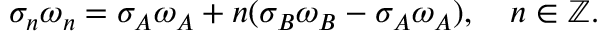
\sigma _ { n } \omega _ { n } = \sigma _ { A } \omega _ { A } + n ( \sigma _ { B } \omega _ { B } - \sigma _ { A } \omega _ { A } ) , \quad n \in \mathbb { Z } .